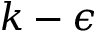
k - \epsilon